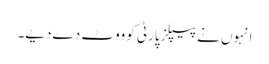
انہوں نے پیپلزپارٹی کو ووٹ دے دیے۔